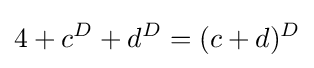
4+c^{D}+d^{D}=(c+d)^{D}